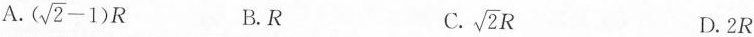
A.$$(\sqrt{2}-1)R$$ B.R C. \sqrt{2}R D.2R